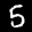
Label: 5